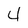
Character: 4